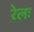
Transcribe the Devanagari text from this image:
रेलः